Annual report on the Civil Veterinary Department, Burma (including the Insein Veterinary School) - 1910-1922
Year: 1910
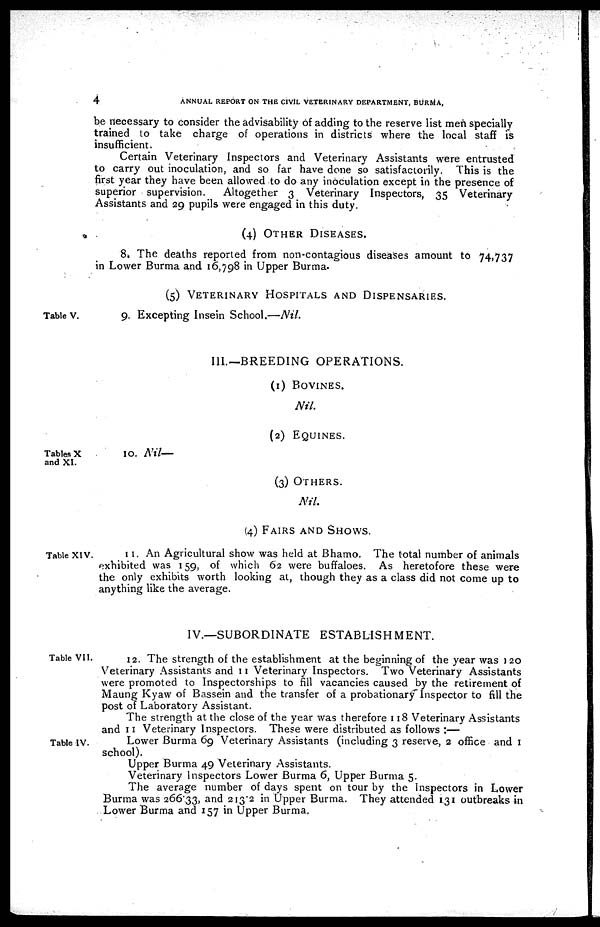
4
ANNUAL REPORT ON THE CIVIL VETERINARY DEPARTMENT, BURMA,
be necessary to consider the advisability of adding to the reserve list men specially
trained to take charge of operations in districts where the local staff is
insufficient.
Certain Veterinary Inspectors and Veterinary Assistants were entrusted
to carry out inoculation, and so far have done so satisfactorily. This is the
first year they have been allowed to do any inoculation except in the presence of
superior supervision.
Altogether 3 Veterinary Inspectors, 35 Veterinary
Assistants and 29 pupils were engaged in this duty.
(4) OTHER DISEASES.
8, The deaths reported from non-contagious diseases amount to 74,737
in Lower Burma and 16,798 in Upper Burma.
(5) VETERINARY HOSPITALS AND DISPENSARIES.
Table V.
9. Excepting Insein School.—Nil.
III.—BREEDING OPERATIONS.
(1) BOVINES.
Nil.
(2) EQUINES.
Tables X
and XI.
10.
Nil—
(3) Others.
Nil.
(4) FAIRS AND SHOWS.
Table XIV.
11. An Agricultural show was held at Bhamo. The total number of animals
exhibited was 159, of which 62 were buffaloes. As heretofore these were
the only exhibits worth looking at, though they as a class did not come up to
anything like the average.
IV.—SUBORDINATE ESTABLISHMENT.
Table VII.
12. The strength of the establishment at the beginning of the year was 120
Veterinary Assistants and 11 Veterinary Inspectors. Two Veterinary Assistants
were promoted to Inspectorships to fill vacancies caused by the retirement of
Maung Kyaw of Bassein and the transfer of a probationary Inspector to fill the
post of Laboratory Assistant.
The strength at the close of the year was therefore 118 Veterinary Assistants
and 11 Veterinary Inspectors. These were distributed as follows :—
Table IV.
Lower Burma 69 Veterinary Assistants (including 3 reserve, 2 office and 1
school).
Upper Burma 49 Veterinary Assistants.
Veterinary Inspectors Lower Burma 6, Upper Burma 5.
The average number of days spent on tour by the Inspectors in Lower
Burma was 26633, and 213.2 in Upper Burma. They attended 131 outbreaks in
Lower Burma and 157 in Upper Burma.